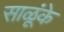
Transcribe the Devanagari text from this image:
साळूंके